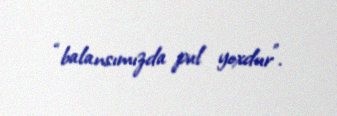
“balansımızda pul yoxdur”.